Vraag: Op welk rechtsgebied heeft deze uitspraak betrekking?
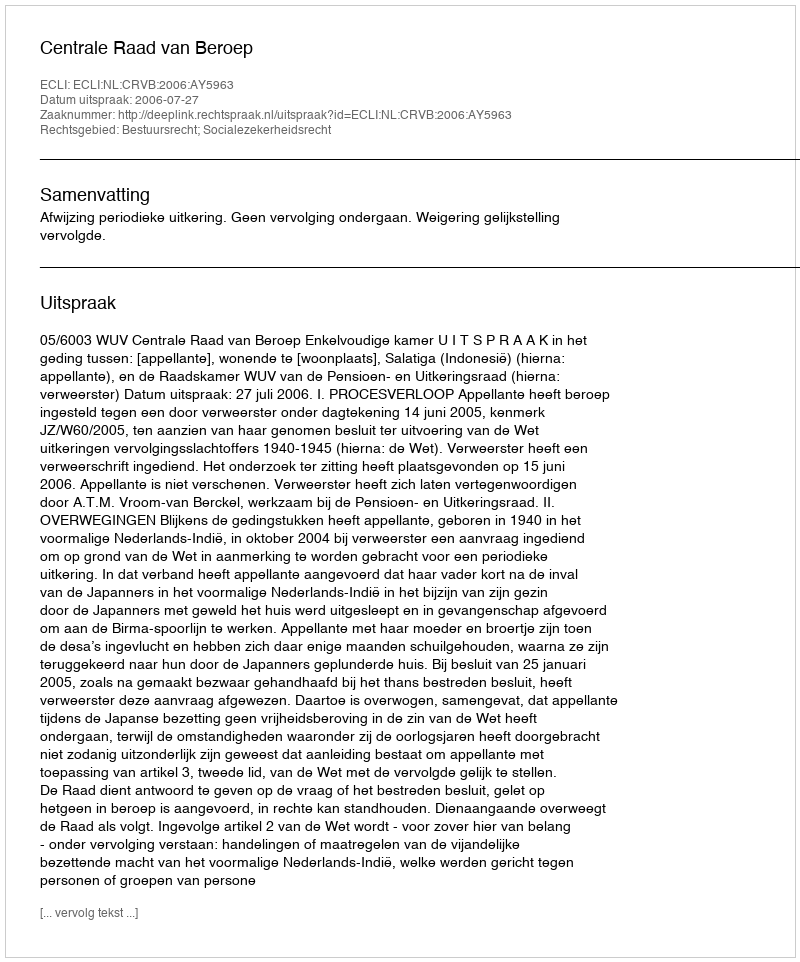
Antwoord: Bestuursrecht; Socialezekerheidsrecht